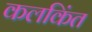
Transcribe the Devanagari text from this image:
कलकिंत